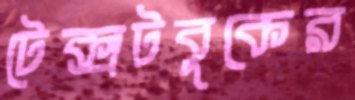
টেক্সটবুকের